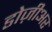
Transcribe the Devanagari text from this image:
डोज़ीअर